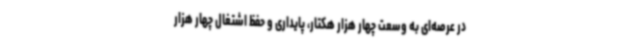
در عرصه‌ای به وسعت چهار هزار هکتار، پایداری و حفظ اشتغال چهار هزار